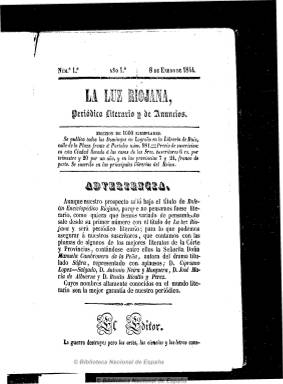
Título: La Luz riojana
Colección: Cultura
Ámbito geográfico: La Rioja
Lugar de publicación: Logroño
Fechas: 08/01/1844-22/12/1844

Publicación singular que comenzó a editarse el ocho de enero de 1844 con esta cabecera y el subtítulo “periódico literario y de anuncios”, y que en su número 17, de 28 de abril, modifica su titulo a Boletín enciclopédico riojano de anuncios, sin que por ello cambiara su editor e impresor, su numeración y paginación, formato o contenidos. Principalmente, sus páginas están dedicadas a dar cuenta de novedades bibliográficas y de periódicos y otros impresos, recogiendo incluso los textos de sus prospectos. Silencia cualquier hecho noticioso de carácter político o militar, pero también inserta algunos artículos sobre adelantos de tipo industrial y comercial, así como otras reseñas literarias y bibliográficas y composiciones en verso (sonetos, décimas, etc.).

Su fundador, editor e impresor será el librero riojano Domingo Ruiz, afín al pensamiento teosófico, y cuyo proyecto es definido como de carácter “ilustrado” en el ámbito local logroñés por Francisco Ernesto Puertas Moya, quien en 2004 realiza un también singular estudio sobre esta publicación.

Apareció semanalmente los domingos, y a partir del 13 de octubre, los lunes, en números, generalmente, de ocho páginas, aunque las aumentaba para incluir una entrega del “Memorial de la ciudad de Logroño”. No llegó a tener un año de vida, siendo su número 51, de 22 de diciembre de 1844, el último de su colección.